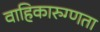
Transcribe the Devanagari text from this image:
वाहिकारुग्णता